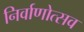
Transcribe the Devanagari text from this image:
निर्वाणोत्सव